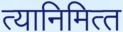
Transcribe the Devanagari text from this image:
त्‍यानिमित्‍त